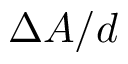
\Delta A / d